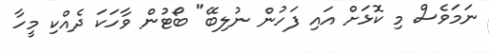
ނަމަވެސް މި ކޮޅަށް އައި ފަހުން ނުލިބޭ" ބޯޓުން ވާހަކަ ދެއްކި މީހާ